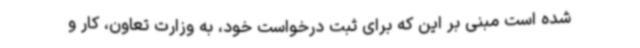
شده است مبنی بر این که برای ثبت درخواست خود، به وزارت تعاون، کار و